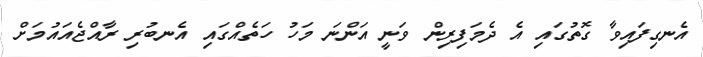
އެނގިފައިވާ ގޮތުގައި އެ ދެމަފިރިން ވަނީ އަންނަ މަހު ހަތެއްގައި އެނބުރި ރާއްޖެއައުމަށް